Annual report of the Imperial Bacteriological Laboratory, Muktesar
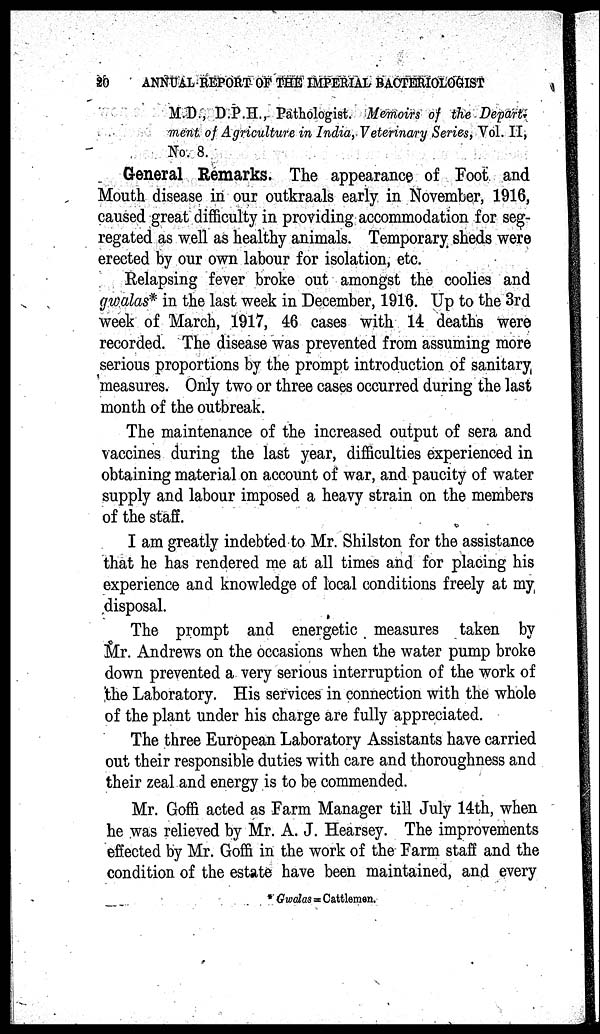
20
ANNUAL REPORT OF THE IMPERIAL BACTERIOLOGIST
M.D., D.P.H., Pathologist. Memoirs of the Depart-
ment of Agriculture in India, Veterinary Series, Vol. II,
No. 8.
General Remarks. The appearance of Foot and
Mouth disease in our outkraals early in November, 1916,
caused great difficulty in providing accommodation for seg-
regated as well as healthy animals. Temporary sheds were
erected by our own labour for isolation, etc.
Relapsing fever broke out amongst the coolies and
gwalas* in the last week in December, 1916. Up to the 3rd
week of March, 1917, 46 cases with 14 deaths were
recorded. The disease was prevented from assuming more
serious proportions by the prompt introduction of sanitary
measures. Only two or three cases occurred during the last
month of the outbreak.
The maintenance of the increased output of sera and
vaccines during the last year, difficulties experienced in
obtaining material on account of war, and paucity of water
supply and labour imposed a heavy strain on the members
of the staff.
I am greatly indebted to Mr. Shilston for the assistance
that he has rendered me at all times and for placing his
experience and knowledge of local conditions freely at my
disposal.
The prompt and energetic measures taken by
Mr. Andrews on the occasions when the water pump broke
down prevented a very serious interruption of the work of
the Laboratory. His services in connection with the whole
of the plant under his charge are fully appreciated.
The three European Laboratory Assistants have carried
out their responsible duties with care and thoroughness and
their zeal and energy is to be commended.
Mr. Goffi acted as Farm Manager till July 14th, when
he was relieved by Mr. A. J. Hearsey. The improvements
effected by Mr. Goffi in the work of the Farm staff and the
condition of the estate have been maintained, and every
* Gwalas = Cattlemen.